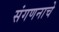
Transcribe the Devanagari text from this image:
संगणनाचे